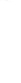
10.妈妈今年38岁，东东比妈妈小30岁，奶奶比东东大57岁。